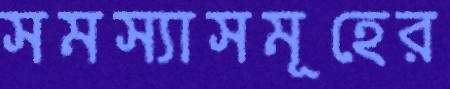
সমস্যাসমূহের